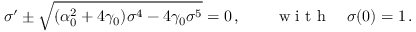
\sigma ^ { \prime } \pm \sqrt { ( \alpha _ { 0 } ^ { 2 } + 4 \gamma _ { 0 } ) \sigma ^ { 4 } - 4 \gamma _ { 0 } \sigma ^ { 5 } } = 0 \, , \qquad \mathrm { ~ w ~ i ~ t ~ h ~ } \quad \sigma ( 0 ) = 1 \, .